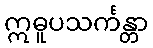
ဣဓူပသင်္ကန္တာ